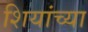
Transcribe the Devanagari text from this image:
शियांच्या